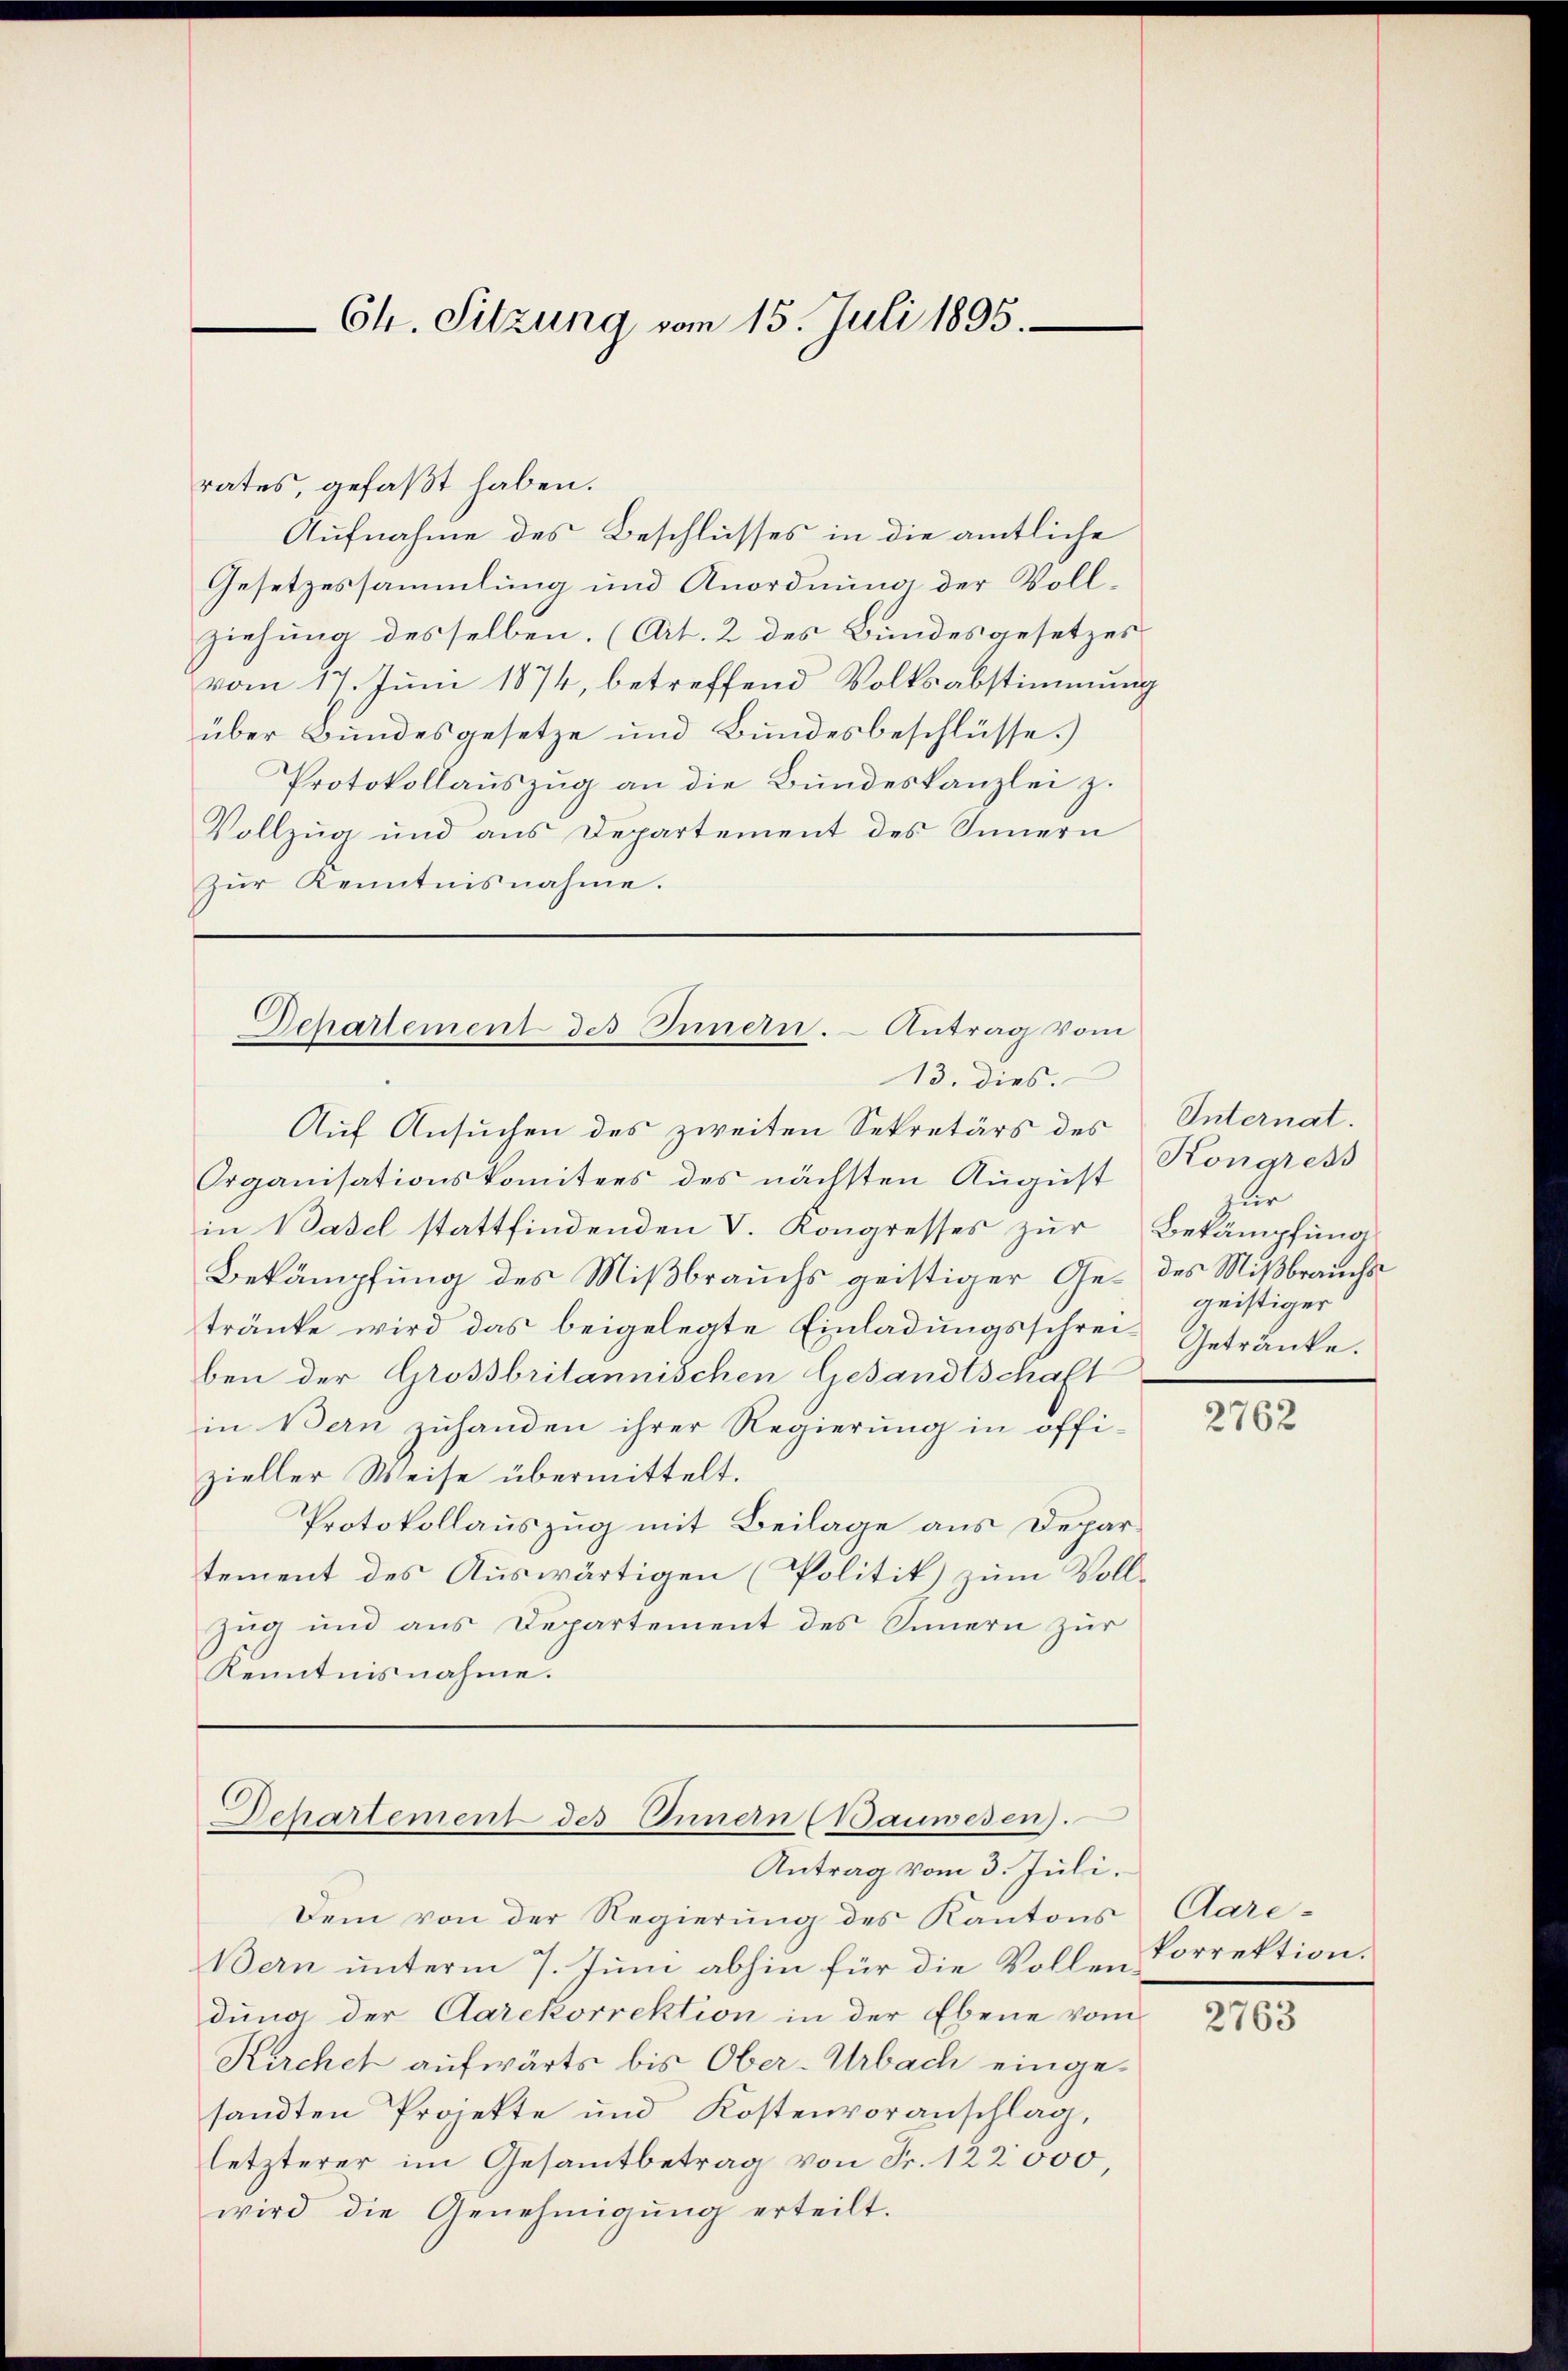
Ch. Sitzung vom 15. Juli 1895.

rates, gefaßt haben.
Aufnahme des Beschlusses in die amtliche
Gesetzessammlung und Anordnung der Vollziehung desselben. (Art. 2 des Bundesgesetzes
vom 17. Juni 1874, betreffend Volksabstimmung
über Bundesgesetze und Bundesbeschlüsse.)
Protokollauszug an die Bundeskanzlei z.
Vollzug und aus Departement des Sinnern
Zur Kenntnisnahme.

Departement des Innern. Antrag vom
13. dies

Departement des Ennern (Bauwesen.
Antrag vom 3. Juli.

Dem von der Regierung des Kantons
Bern unterm 7. Juni abhin für die Vollendung der Aarekorrektion in der Ebene vom
Kirchet aufwärts bis Ober-Urbach eingesandten Projekte und Kostenvoranschlag,
letzterer im Gesamtbetrag von Fr. 122000,
wird die Genehmigung erteilt.

Auf Ansuchen des zweiten Sekretärs des
Organisationskomitees des nächsten August
in Basel stattfindenden V. Kongresses zur Bekämpfung
Bekämpfung des Mißbrauchs geistiger Ge- des Mißbrauchstränke wird das beigelegte Einladŭngsschrei- Getränke.
ben der Grossbritannischen Gesandtschaft
in Bern zuhanden ihrer Regierung in offi-
zieller Weise übermittelt.
Protokollauszug mit Beilage aus Departement des Auswärtigen (Politik) zum Vollzug und aus Departement des Innern zur
Kenntnisnahme.

Unternat.
Kongress
zur
geistiger

2762

Aare-
korrektion.

2763